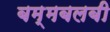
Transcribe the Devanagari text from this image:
बम्मबलबी